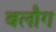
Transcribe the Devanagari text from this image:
बलौग